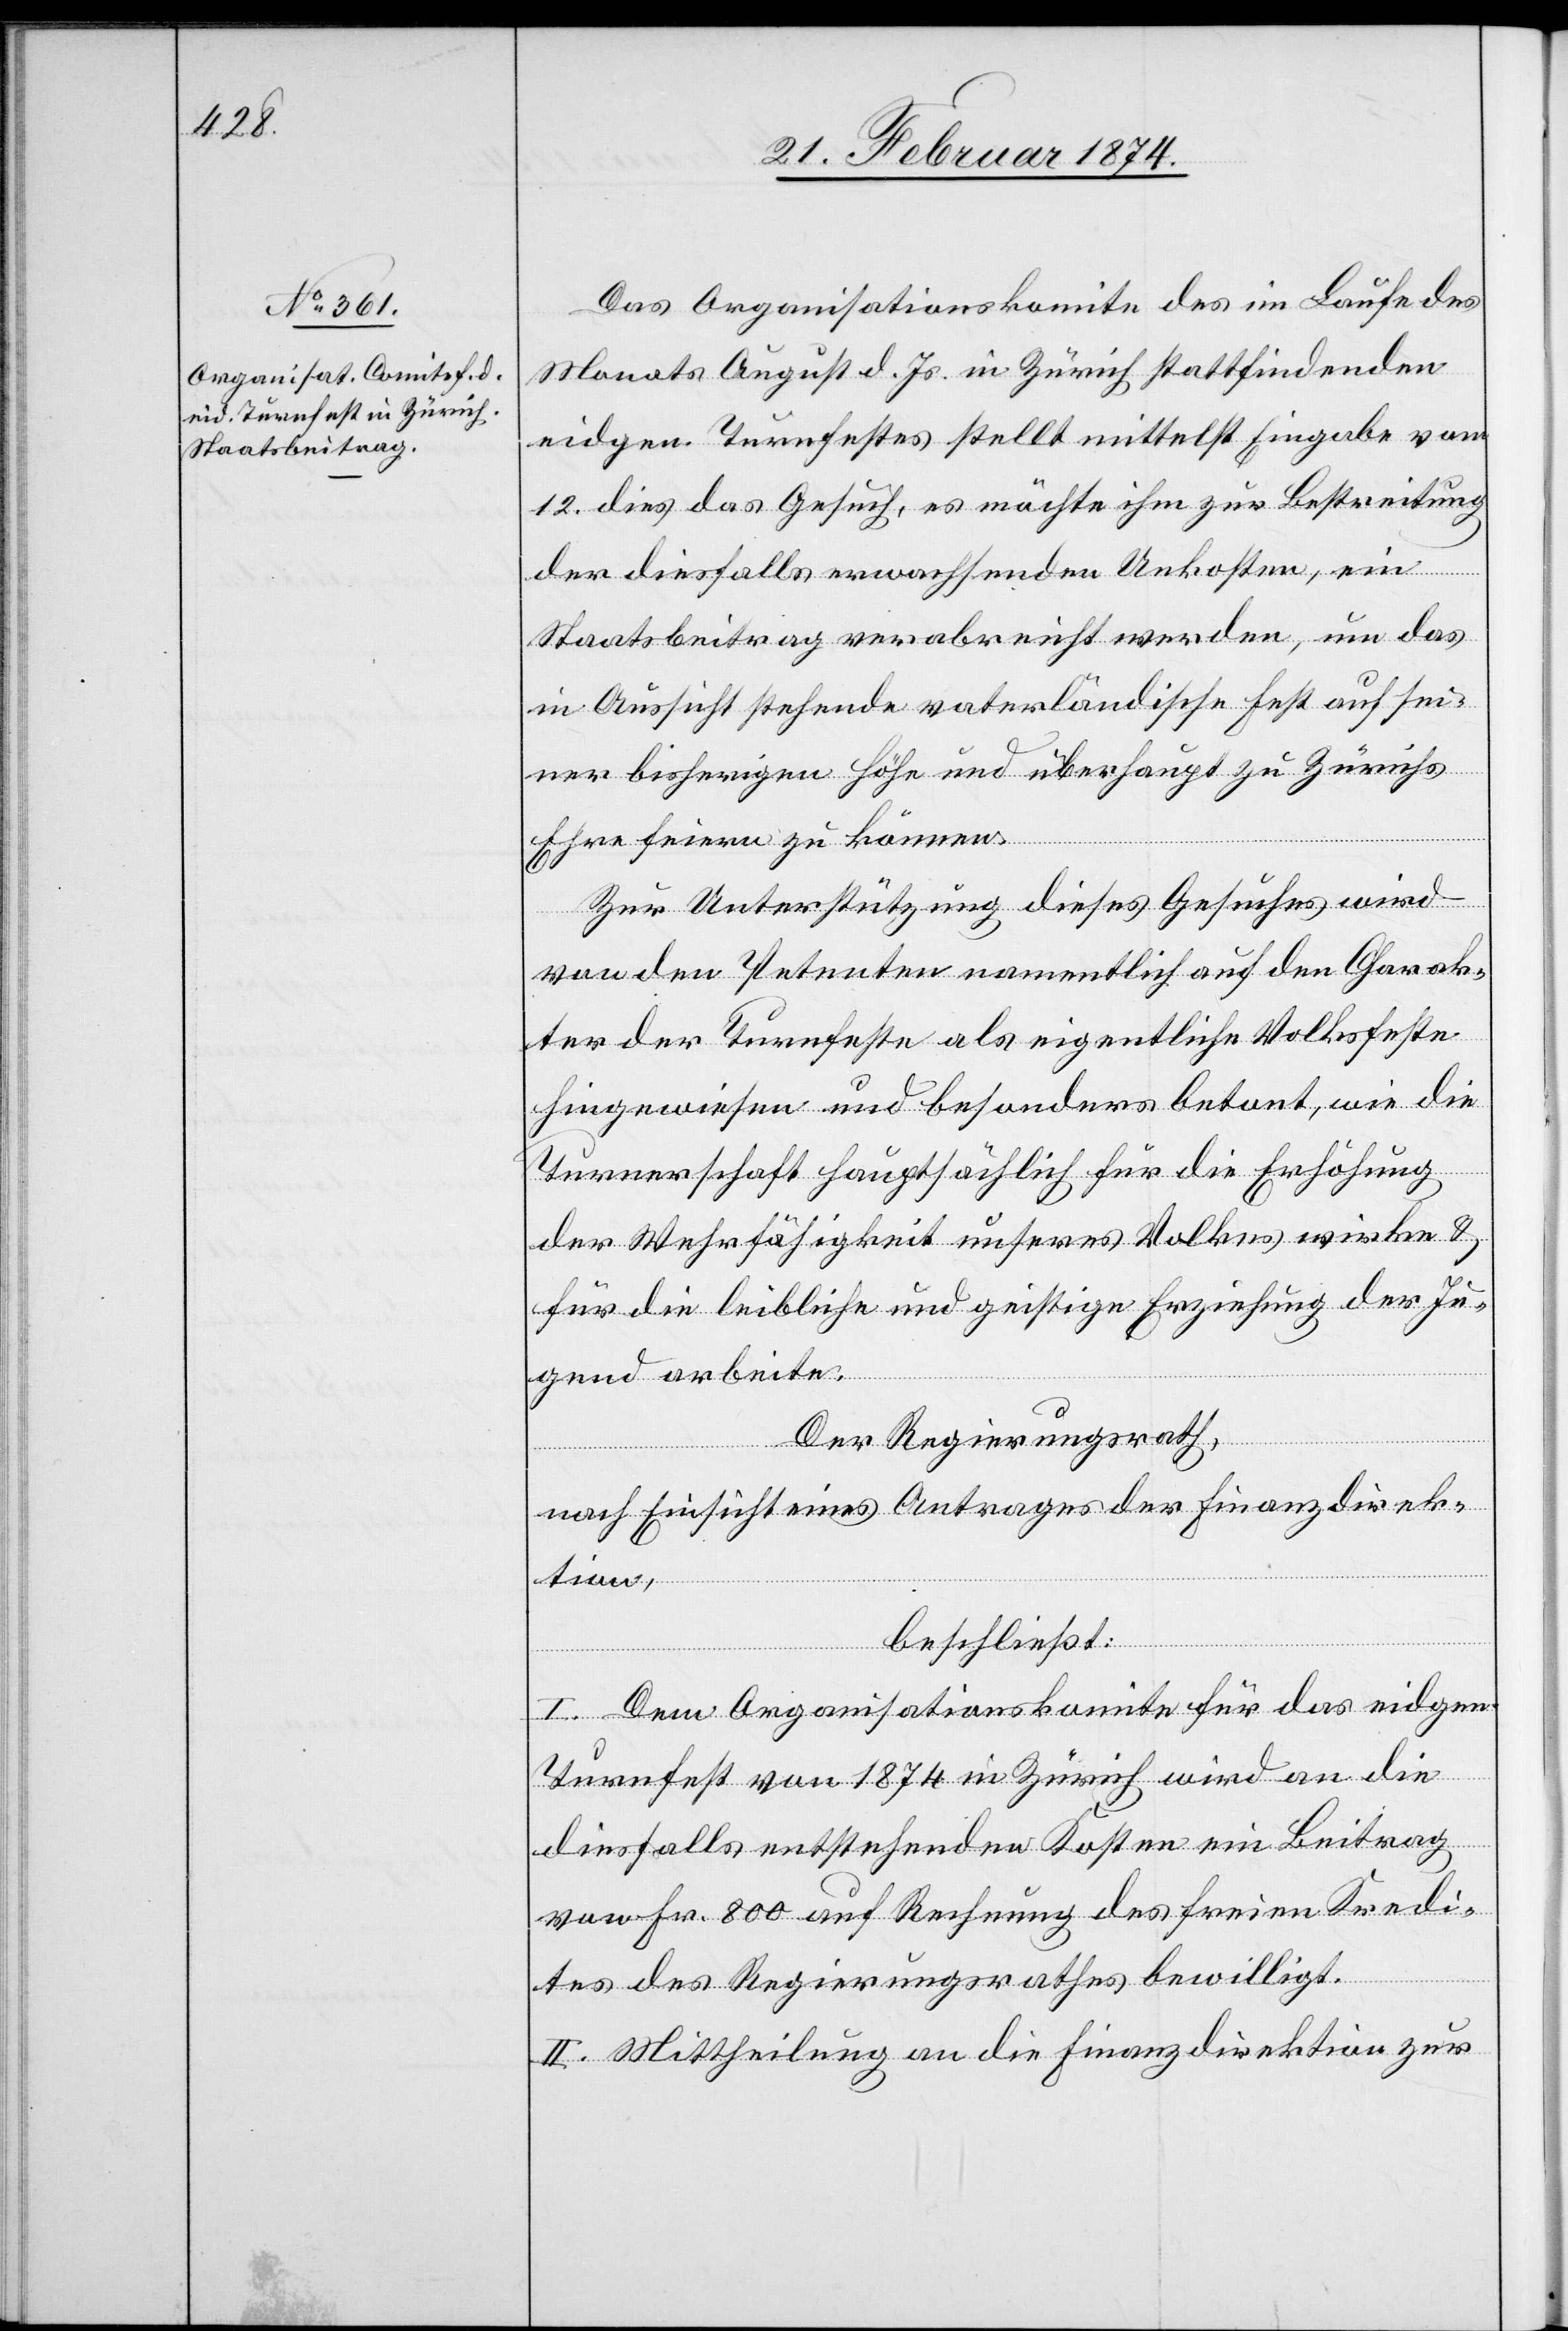
Das Organisationskomite des im Laufe des
Monats August d. Js. in Zürich stattfindenden
eidgen. Turnfestes stellt mittelst Eingabe vom
12. dies das Gesuch, es möchte ihm zur Bestreitung
der diesfalls erwachsenden Unkosten, ein
Staatsbeitrag verabreicht werden, um das
in Aussicht stehende vaterländische Fest auf sei¬
ner bisherigen Höhe und überhaupt zu Zürichs
Ehre feiern zu können.
Zur Unterstützung dieses Gesuches wird
von den Petenten namentlich auf den Charak¬
ter der Turnfeste als eigentliche Volksfeste
hingewiesen und besonders betont, wie die
Turnerschaft hauptsächlich für die Erhöhung
der Wehrfähigkeit unseres Volkes wirke u.
für die leibliche und geistige Erziehung der Ju¬
gend arbeite.
Der Regierungsrath,
nach Einsicht eines Antrages der Finanzdirek¬
tion,
beschließt:
I. Dem Organisationskomite für das eidgen.
Turnfest von 1874 in Zürich wird an die
diesfalls entstehenden Kosten ein Beitrag
von Fr. 800 auf Rechnung des freien Kredi¬
tes des Regierungsrathes bewilligt.
II. Mittheilung an die Finanzdirektion zur